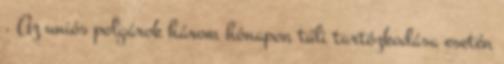
. Az uniós polgárok három hónapon túli tartózkodása esetén